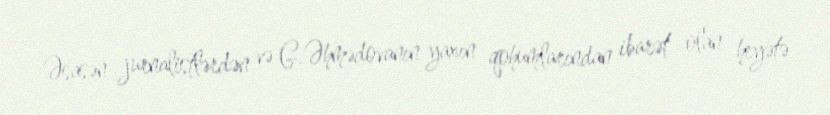
Əsasən jurnalistlərdən və G.Əhmədovanın yaxın qohumlarından ibarət olan heyətə